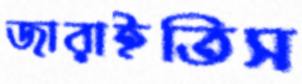
জারাইতিস